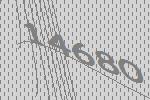
14680